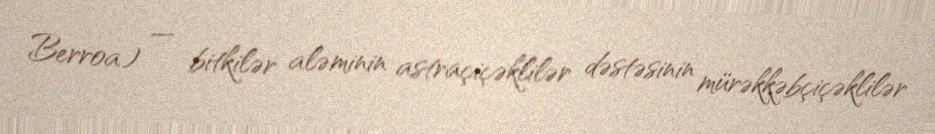
Berroa) — bitkilər aləminin astraçiçəklilər dəstəsinin mürəkkəbçiçəklilər